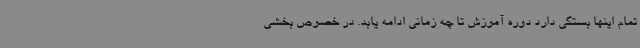
تمام اینها بستگی دارد دوره آموزش تا چه زمانی ادامه یابد. در خصوص بخشی